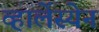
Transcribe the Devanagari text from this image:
व्हालेंस्येन